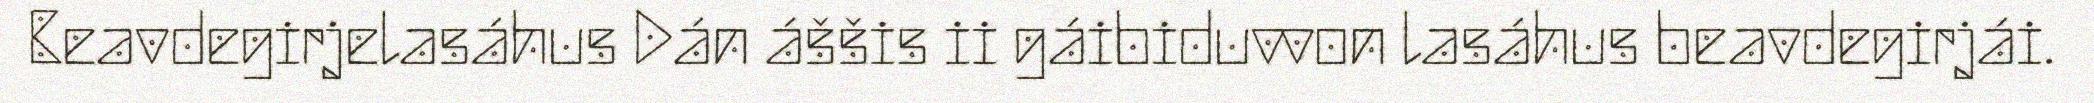
Beavdegirjelasáhus Dán áššis ii gáibiduvvon lasáhus beavdegirjái.